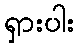
ရှားပါး